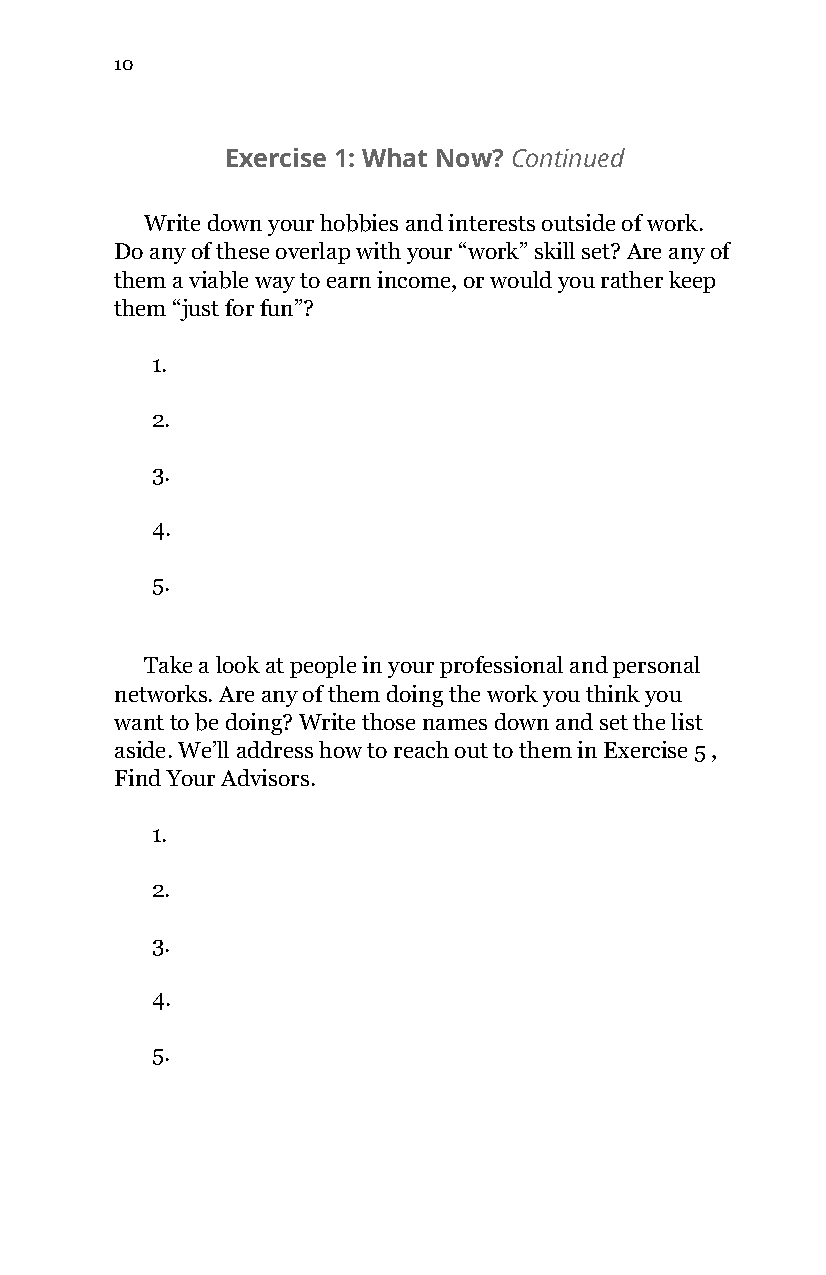
10
 Exercise 1: What Now? ​Continued
 Write down your hobbies and interests outside of work.
 Do any of these overlap with your “work” skill set? Are any of
 them a viable way to earn income, or would you rather keep
 them “just for fun”?
 1.
 2.
 3.
 4.
 5.
 Take a look at people in your professional and personal
 networks. Are any of them doing the work you think you
 want to be doing? Write those names down and set the list
 aside. We’ll address how to reach out to them in Exercise 5 ,
 Find Your Advisors.
 1.
 2.
 3.
 4.
 5.